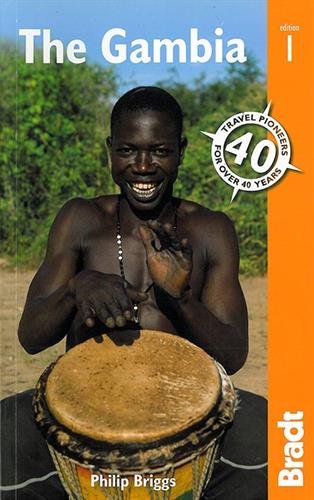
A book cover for The Gambia (Bradt Travel Guides); Philip Briggs; Travel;